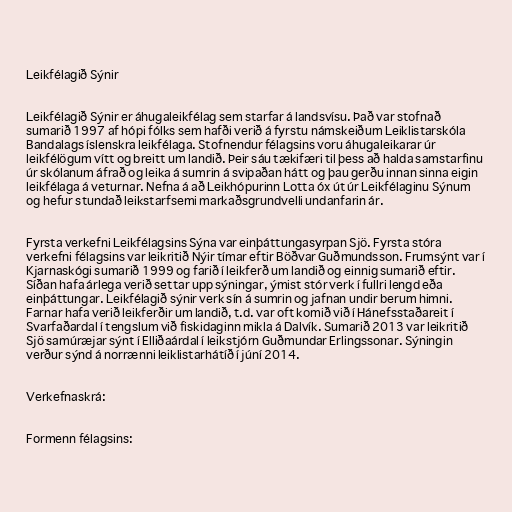
Leikfélagið Sýnir

Leikfélagið Sýnir er áhugaleikfélag sem starfar á landsvísu. Það var stofnað
sumarið 1997 af hópi fólks sem hafði verið á fyrstu námskeiðum Leiklistarskóla
Bandalags íslenskra leikfélaga. Stofnendur félagsins voru áhugaleikarar úr
leikfélögum vítt og breitt um landið. Þeir sáu tækifæri til þess að halda samstarfinu
úr skólanum áfrað og leika á sumrin á svipaðan hátt og þau gerðu innan sinna eigin
leikfélaga á veturnar. Nefna á að Leikhópurinn Lotta óx út úr Leikfélaginu Sýnum
og hefur stundað leikstarfsemi markaðsgrundvelli undanfarin ár.

Fyrsta verkefni Leikfélagsins Sýna var einþáttungasyrpan Sjö. Fyrsta stóra
verkefni félagsins var leikritið Nýir tímar eftir Böðvar Guðmundsson. Frumsýnt var í
Kjarnaskógi sumarið 1999 og farið í leikferð um landið og einnig sumarið eftir.
Síðan hafa árlega verið settar upp sýningar, ýmist stór verk í fullri lengd eða
einþáttungar. Leikfélagið sýnir verk sín á sumrin og jafnan undir berum himni.
Farnar hafa verið leikferðir um landið, t.d. var oft komið við í Hánefsstaðareit í
Svarfaðardal í tengslum við fiskidaginn mikla á Dalvík. Sumarið 2013 var leikritið
Sjö samúræjar sýnt í Elliðaárdal í leikstjórn Guðmundar Erlingssonar. Sýningin
verður sýnd á norrænni leiklistarhátíð í júní 2014.

Verkefnaskrá:

Formenn félagsins: